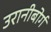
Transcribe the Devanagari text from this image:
उरानीबोर्ग